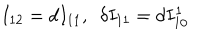
I _ { 1 2 } = d I _ { 1 1 } , \ \ \delta I _ { 1 1 } = d I _ { 1 0 } ^ { 1 }